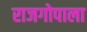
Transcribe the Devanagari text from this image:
राजगोपाला